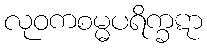
လုဝကစမ္မပရိက္ခဋာ